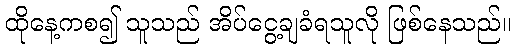
ထိုနေ့ကစ၍ သူသည် အိပ်ငွေ့ချခံရသူလို ဖြစ်နေသည်။